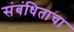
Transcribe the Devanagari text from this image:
संबंधिताचा